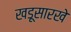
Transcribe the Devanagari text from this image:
खडूसारखे